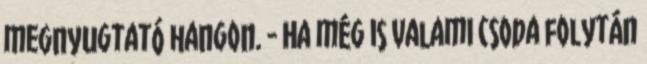
megnyugtató hangon. - Ha még is valami csoda folytán